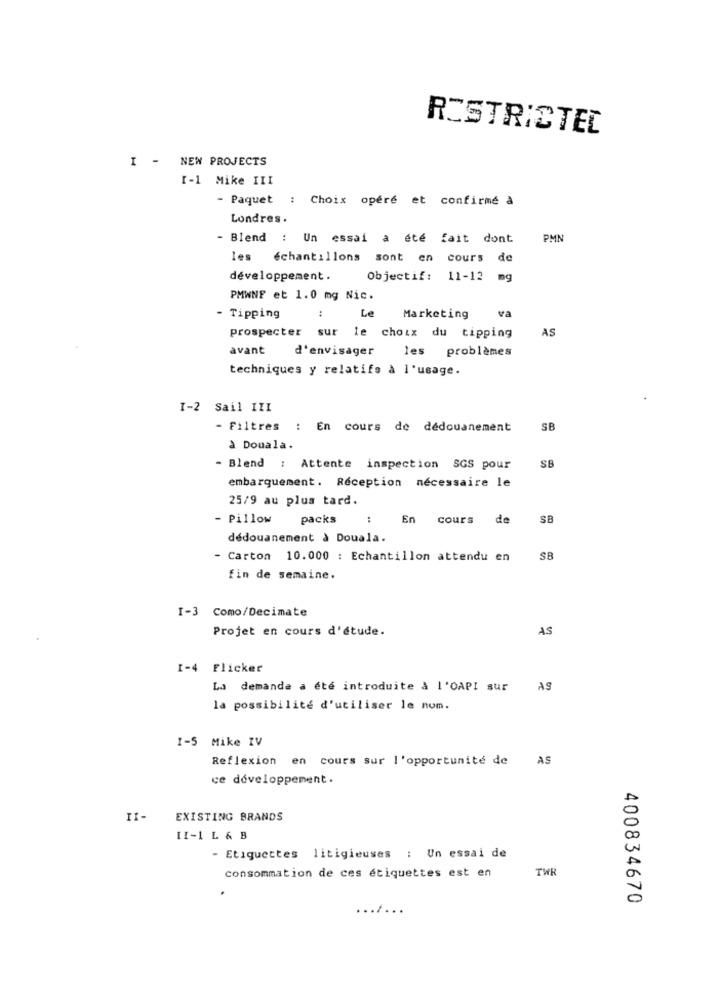
RESTRICTED
I - NEW PROJECTS
[-1 Mike III
- Paquet : Choix opéré et confirmé à
Londres.
- Blend : Un essai a été fait dont
PMN
les échantillons sont en cours de
développement .
Objectif: 11-12
mg
PMWNF et 1.0 mg Nic.
Le
va
- Tipping
Marketing
AS
prospecter sur le choix du tipping
avant
d'envisager les problèmes
techniques y relatifs à l'usage.
I-2 Sail III
- Filtres : En cours de dédouanement
SB
à Douala.
- Blend : Attente inspection SGS pour
SB
embarquement. Réception nécessaire le
25/9 au plus tard.
- Pillow
packs
: En cours de
SB
dédouanement à Douala.
- Carton 10.000 : Echantillon attendu en
SB
fin de semaine.
Como/Decimate
Projet en cours d'étude.
AS
I-4 Flicker
La demande a ete introduite à l'OAPI sur
AS
la possibilité d'utiliser le nom.
1-5 Mike IV
Reflexion en cours sur l'opportunité de AS
ce développement.
II-
EXISTING BRANDS
11-1 L & B
- Etiquettes litigieuses : Un essai de
TWR
consommation de ces étiquettes est en
400834670
..
...